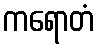
ကရောတံ